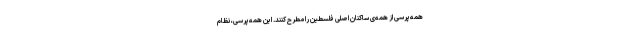
همه‌پرسی از همه‌ی ساکنان اصلی فلسطین را مطرح کنند. این همه‌پرسی، نظام